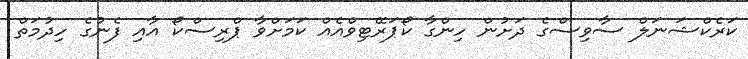
ކަރެކްޝަނަލް ސާވިސްގެ ދަށުން ހިންގާ ކޯޕަރޭޓިވްއެއް ކަމަށްވާ ޕްރިސްކޯ އާއި ފެނުގެ ހިދުމަތް